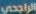
الراجحي